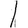
Digit: 1